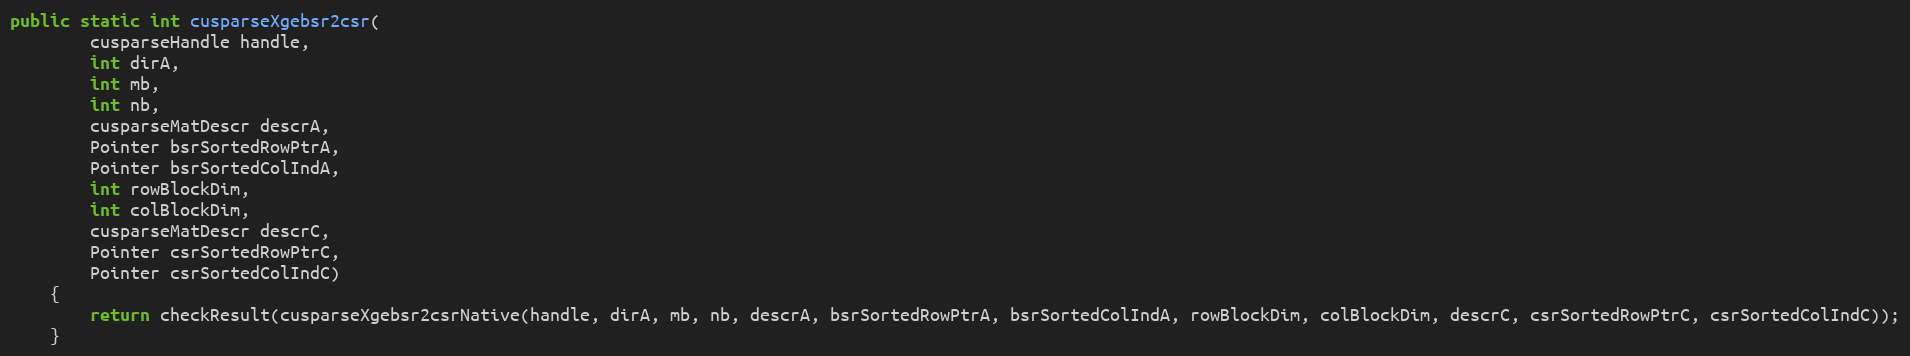
Language: Java
public static int cusparseXgebsr2csr(
        cusparseHandle handle,
        int dirA,
        int mb,
        int nb,
        cusparseMatDescr descrA,
        Pointer bsrSortedRowPtrA,
        Pointer bsrSortedColIndA,
        int rowBlockDim,
        int colBlockDim,
        cusparseMatDescr descrC,
        Pointer csrSortedRowPtrC,
        Pointer csrSortedColIndC)
    {
        return checkResult(cusparseXgebsr2csrNative(handle, dirA, mb, nb, descrA, bsrSortedRowPtrA, bsrSortedColIndA, rowBlockDim, colBlockDim, descrC, csrSortedRowPtrC, csrSortedColIndC));
    }